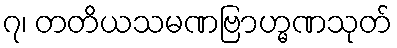
၇၊ တတိယသမဏဗြာဟ္မဏသုတ်